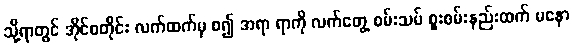
သို့ရာတွင် အိုင်စတိုင်း လက်ထက်မှ စ၍ အရာ ရာကို လက်တွေ့ စမ်းသပ် စူးစမ်းနည်းထက် မနော